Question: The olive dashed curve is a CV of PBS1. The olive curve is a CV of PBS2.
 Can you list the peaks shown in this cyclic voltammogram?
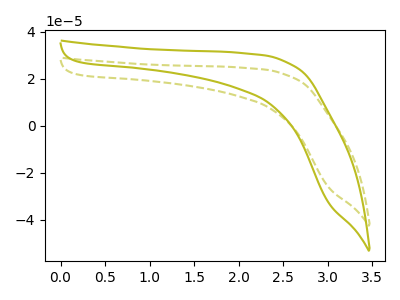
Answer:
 <answer>The olive dashed curve "PBS1" has no peaks. The olive curve "PBS2" has no peaks.</answer>
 <eval></eval>